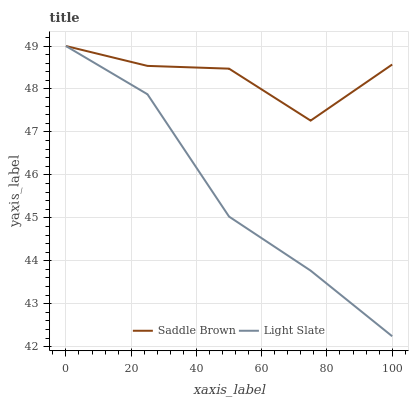
| xaxis_label | Saddle Brown | Light Slate |
 | --- | --- | --- |
 | 0 | 49 | 49 |
 | 25 | 48.5 | 47.9 |
 | 50 | 48.5 | 45 |
 | 75 | 47.3 | 43.8 |
 | 100 | 48.6 | 42.2 |